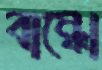
বান্ধো